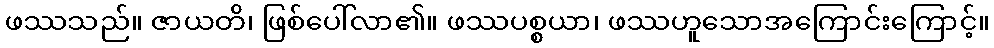
ဖဿသည်။ ဇာယတိ၊ ဖြစ်ပေါ်လာ၏။ ဖဿပစ္စယာ၊ ဖဿဟူသောအကြောင်းကြောင့်။